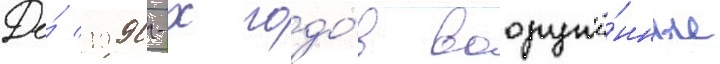
До́ 1990-х годо́в вооружё́нные